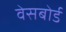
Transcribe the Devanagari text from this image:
वेसबोर्ड